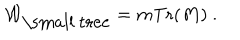
{ \cal W } _ { \mathrm { \small ~ t r e e } } = m { \mathrm { T r } } ( M ) ~ .